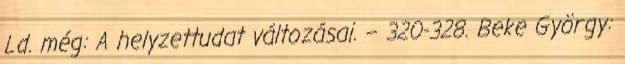
Ld. még: A helyzettudat változásai. – 320-328. Beke György: